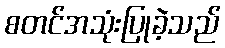
စတင်အသုံးပြုခဲ့သည်